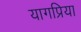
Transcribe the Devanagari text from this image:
यागप्रिया